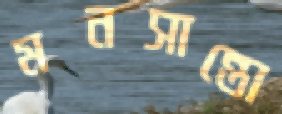
মনসান্তো